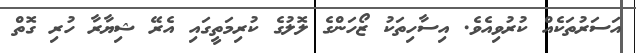
އަސަރުތަކެއް ކުރުވިއެވެ. އިސާހިތަކު ޒޯހަންގެ ލޮލުގެ ކުރިމަތީގައި އެރޭ ޝިޔާރާ ހުރި ގޮތް